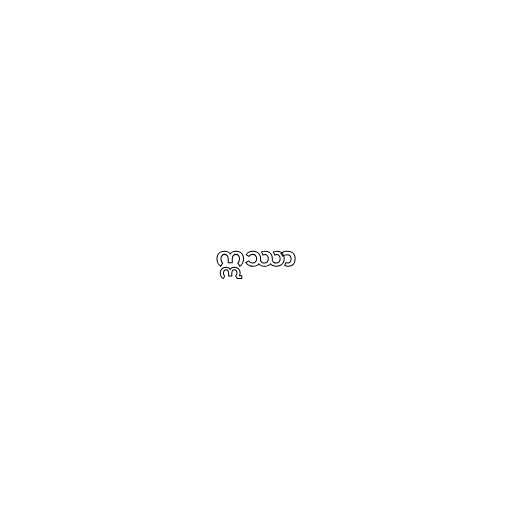
ဣဿာ